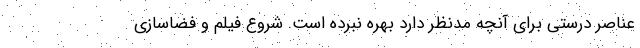
عناصر درستی برای آنچه مدنظر دارد بهره نبرده است. شروع فیلم و فضاسازی